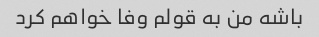
باشه من به قولم وفا خواهم کرد